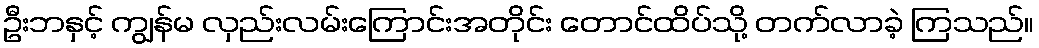
ဦးဘနှင့် ကျွန်မ လှည်းလမ်းကြောင်းအတိုင်း တောင်ထိပ်သို့ တက်လာခဲ့ ကြသည်။